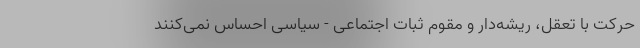
حرکت با تعقل، ریشه‌دار و مقوم ثبات اجتماعی - سیاسی احساس نمی‌کنند